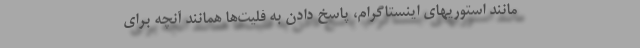
مانند استوریهای اینستاگرام، پاسخ دادن به فلیت‌ها همانند آنچه برای